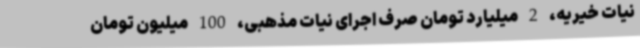
نیات خیریه، 2 میلیارد تومان صرف اجرای نیات مذهبی، 100 میلیون تومان